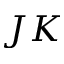
J K